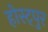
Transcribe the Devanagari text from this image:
होस्ट्पुर